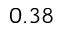
0 . 3 8